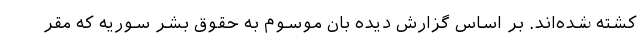
کشته شده‌اند. بر اساس گزارش دیده بان موسوم به حقوق بشر سوریه که مقر